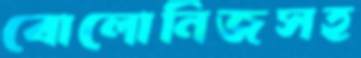
বোলোনিজসহ